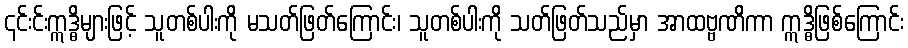
၎င်းင်းဣဒ္ဓိများဖြင့် သူတစ်ပါးကို မသတ်ဖြတ်ကြောင်း၊ သူတစ်ပါးကို သတ်ဖြတ်သည်မှာ အာထဗ္ဗဏိကာ ဣဒ္ဓိဖြစ်ကြောင်း